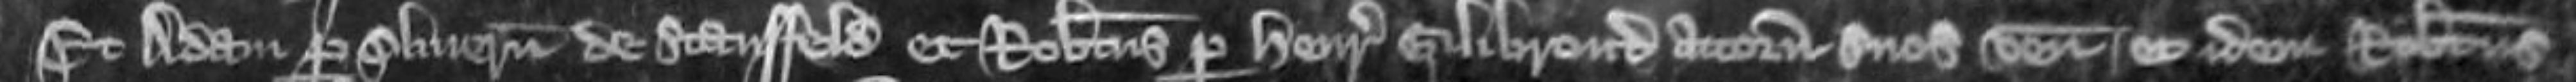
Et Adam per Oliverum de Stansfeld et Robertus per Henricum Gilibrond attornatos suos veniunt et idem Robertus